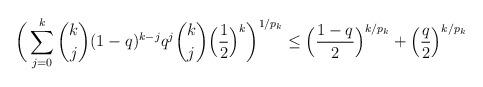
LaTeX: \begin{align*}\bigg(\sum_{j=0}^{k} \dbinom{k}{j} (1-q)^{k-j} q^j \dbinom{k}{j}\Big(\frac{1}{2}\Big)^k \bigg)^{1/p_k} \leq \Big(\frac{1-q}{2}\Big)^{k/p_k} + \Big(\frac{q}{2}\Big)^{k/p_k}\end{align*}